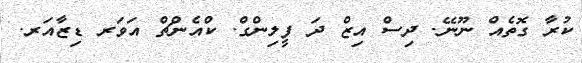
ކުރާ ގޮތެއް ނޫނޭ. ދިސް އިޒް ދަ ފީލިންގް. ކްއެންޗް އަވަރ ޑިޒާއަރ.